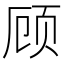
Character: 顾